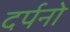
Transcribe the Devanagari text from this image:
दर्पनो